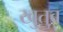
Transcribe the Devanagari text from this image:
खुतुब